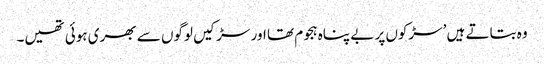
وہ بتاتے ہیں ’سڑکوں پر بے پناہ ہجوم تھا اور سڑکیں لوگوں سے بھری ہوئی تھیں۔